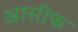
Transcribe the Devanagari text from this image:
आसीफ